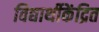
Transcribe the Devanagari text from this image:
विद्यार्थीकेंद्रित